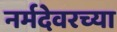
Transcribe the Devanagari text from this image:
नर्मदेवरच्या